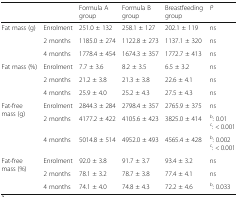
|  |  | Formula A group | Formula B group | Breastfeeding group | P |
 | --- | --- | --- | --- | --- | --- |
 | <ROWSPAN=3> Fat mass (g) | Enrolment | 251.0 ± 132 | 258.1 ± 127 | 202.1 ± 119 | ns |
 | 2 months | 1185.0 ± 274 | 1122.8 ± 273 | 1137.1 ± 320 | ns |
 | 4 months | 1778.4 ± 454 | 1674.3 ± 357 | 1772.7 ± 413 | ns |
 | <ROWSPAN=3> Fat mass (%) | Enrolment | 7.7 ± 3.6 | 8.2 ± 3.5 | 6.5 ± 3.2 | ns |
 | 2 months | 21.2 ± 3.8 | 21.3 ± 3.8 | 22.6 ± 4.1 | ns |
 | 4 months | 25.9 ± 4.0 | 25.2 ± 4.3 | 27.5 ± 4.3 | ns |
 | <ROWSPAN=3> Fat-free mass (g) | Enrolment | 2844.3 ± 284 | 2798.4 ± 357 | 2765.9 ± 375 | ns |
 | 2 months | 4177.2 ± 422 | 4105.6 ± 423 | 3825.0 ± 414 | b: 0.01c: < 0.001 |
 | 4 months | 5014.8 ± 514 | 4952.0 ± 493 | 4565.4 ± 428 | b: 0.002c: < 0.001 |
 | <ROWSPAN=3> Fat-free mass (%) | Enrolment | 92.0 ± 3.8 | 91.7 ± 3.7 | 93.4 ± 3.2 | ns |
 | 2 months | 78.1 ± 3.2 | 78.7 ± 3.8 | 77.4 ± 4.1 | ns |
 | 4 months | 74.1 ± 4.0 | 74.8 ± 4.3 | 72.2 ± 4.6 | b: 0.033 |